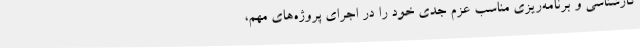
کارشناسی و برنامه‌ریزی مناسب عزم جدی خود را در اجرای پروژه‌های مهم،